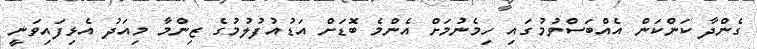
ގެންދާ ކަންކަން އެއްބަސްވުމުގައި ހިމެނުމަށް އެންމެ ބޮޑަށް އަޑުއުފުލުމުގެ ޒިންމާ މިއަދު އެޅިފައިވަނީ